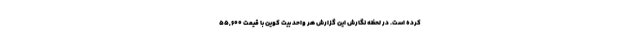
کرده است. در لحظه نگارش این گزارش هر واحد بیت کوین با قیمت ۵۵,۶۰۰